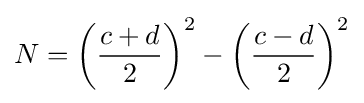
N=\left({\frac {c+d}{2}}\right)^{2}-\left({\frac {c-d}{2}}\right)^{2}